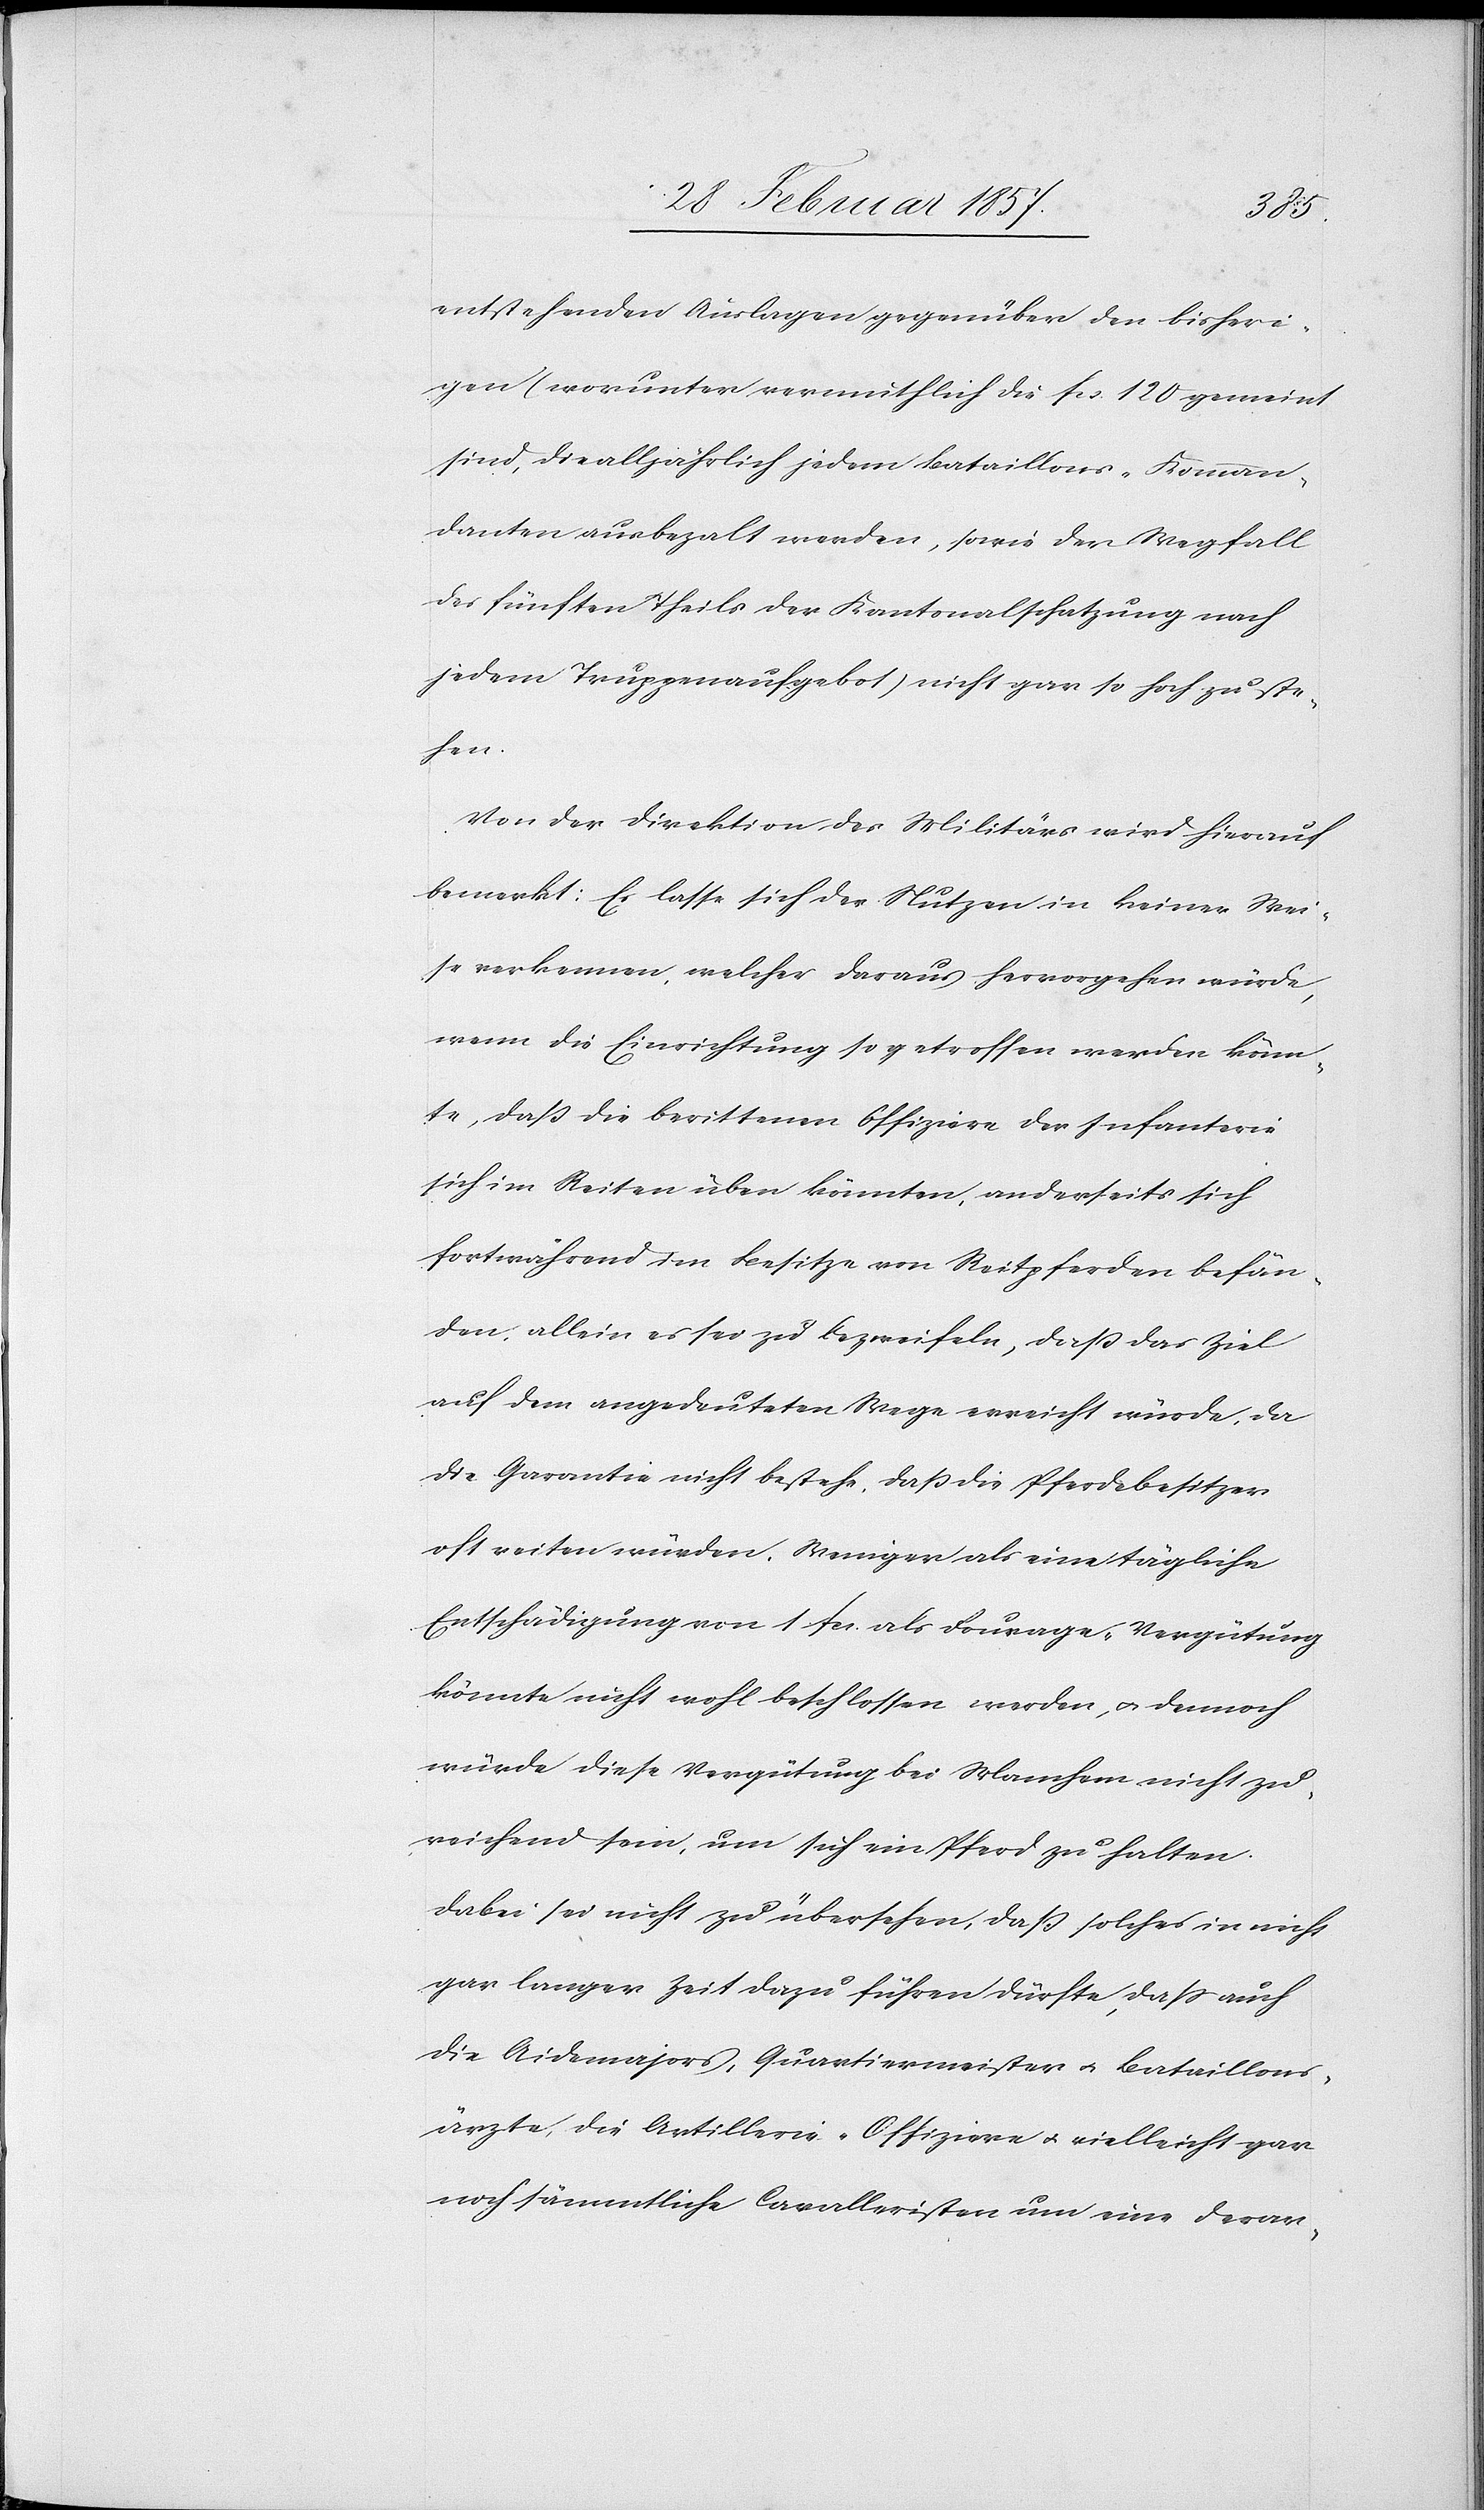
entstehenden Auslagen gegenüber den bisheri¬
gen (worunter vermuthlich die fr. 120 gemeint
sind, die alljährlich jedem Bataillons-Komman¬
danten ausbezahlt werden, sowie der Wegfall
des fünften Theils der Kantonalschatzung nach
jedem Truppenaufgebot) nicht gar so hoch zu ste¬
hen.
Von der Direktion des Militärs wird hierauf
bemerkt: Es lasse sich der Nutzen in keiner Wei¬
se verkennen, welcher daraus hervorgehen würde,
wenn die Einrichtung so getroffen werden könn¬
te, daß die berittenen Offiziere der Infanterie
sich im Reiten üben könnten, anderseits sich
fortwährend im Besitze von Reitpferden befän¬
den, allein es sei zu bezweifeln, daß das Ziel
auf dem angedeuteten Wege erreicht würde, da
die Garantie nicht bestehe, daß die Pferdebesitzer
oft reiten würden. Weniger als eine tägliche
Entschädigung von 1 Fr. als Fourage-Vergütung
könnte nicht wohl beschlossen werden, u. dennoch
würde diese Vergütung bei Manchem nicht zu¬
reichend sein, um sich ein Pferd zu halten.
Dabei sei nicht zu übersehen, daß solches in nicht
gar langer Zeit dazu führen dürfte, daß auch
die Aidemajors, Quartiermeister u. Bataillons¬
ärzte, die Artillerie-Offiziere u. vielleicht gar
noch sämmtliche Cavalleristen um eine derar-